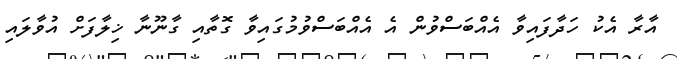
އާރާ އެކު ހަދާފައިވާ އެއްބަސްވުން އެ އެއްބަސްވުމުގައިވާ ގޮތާއި ގާނޫނާ ޚިލާފަށް އުވާލައި